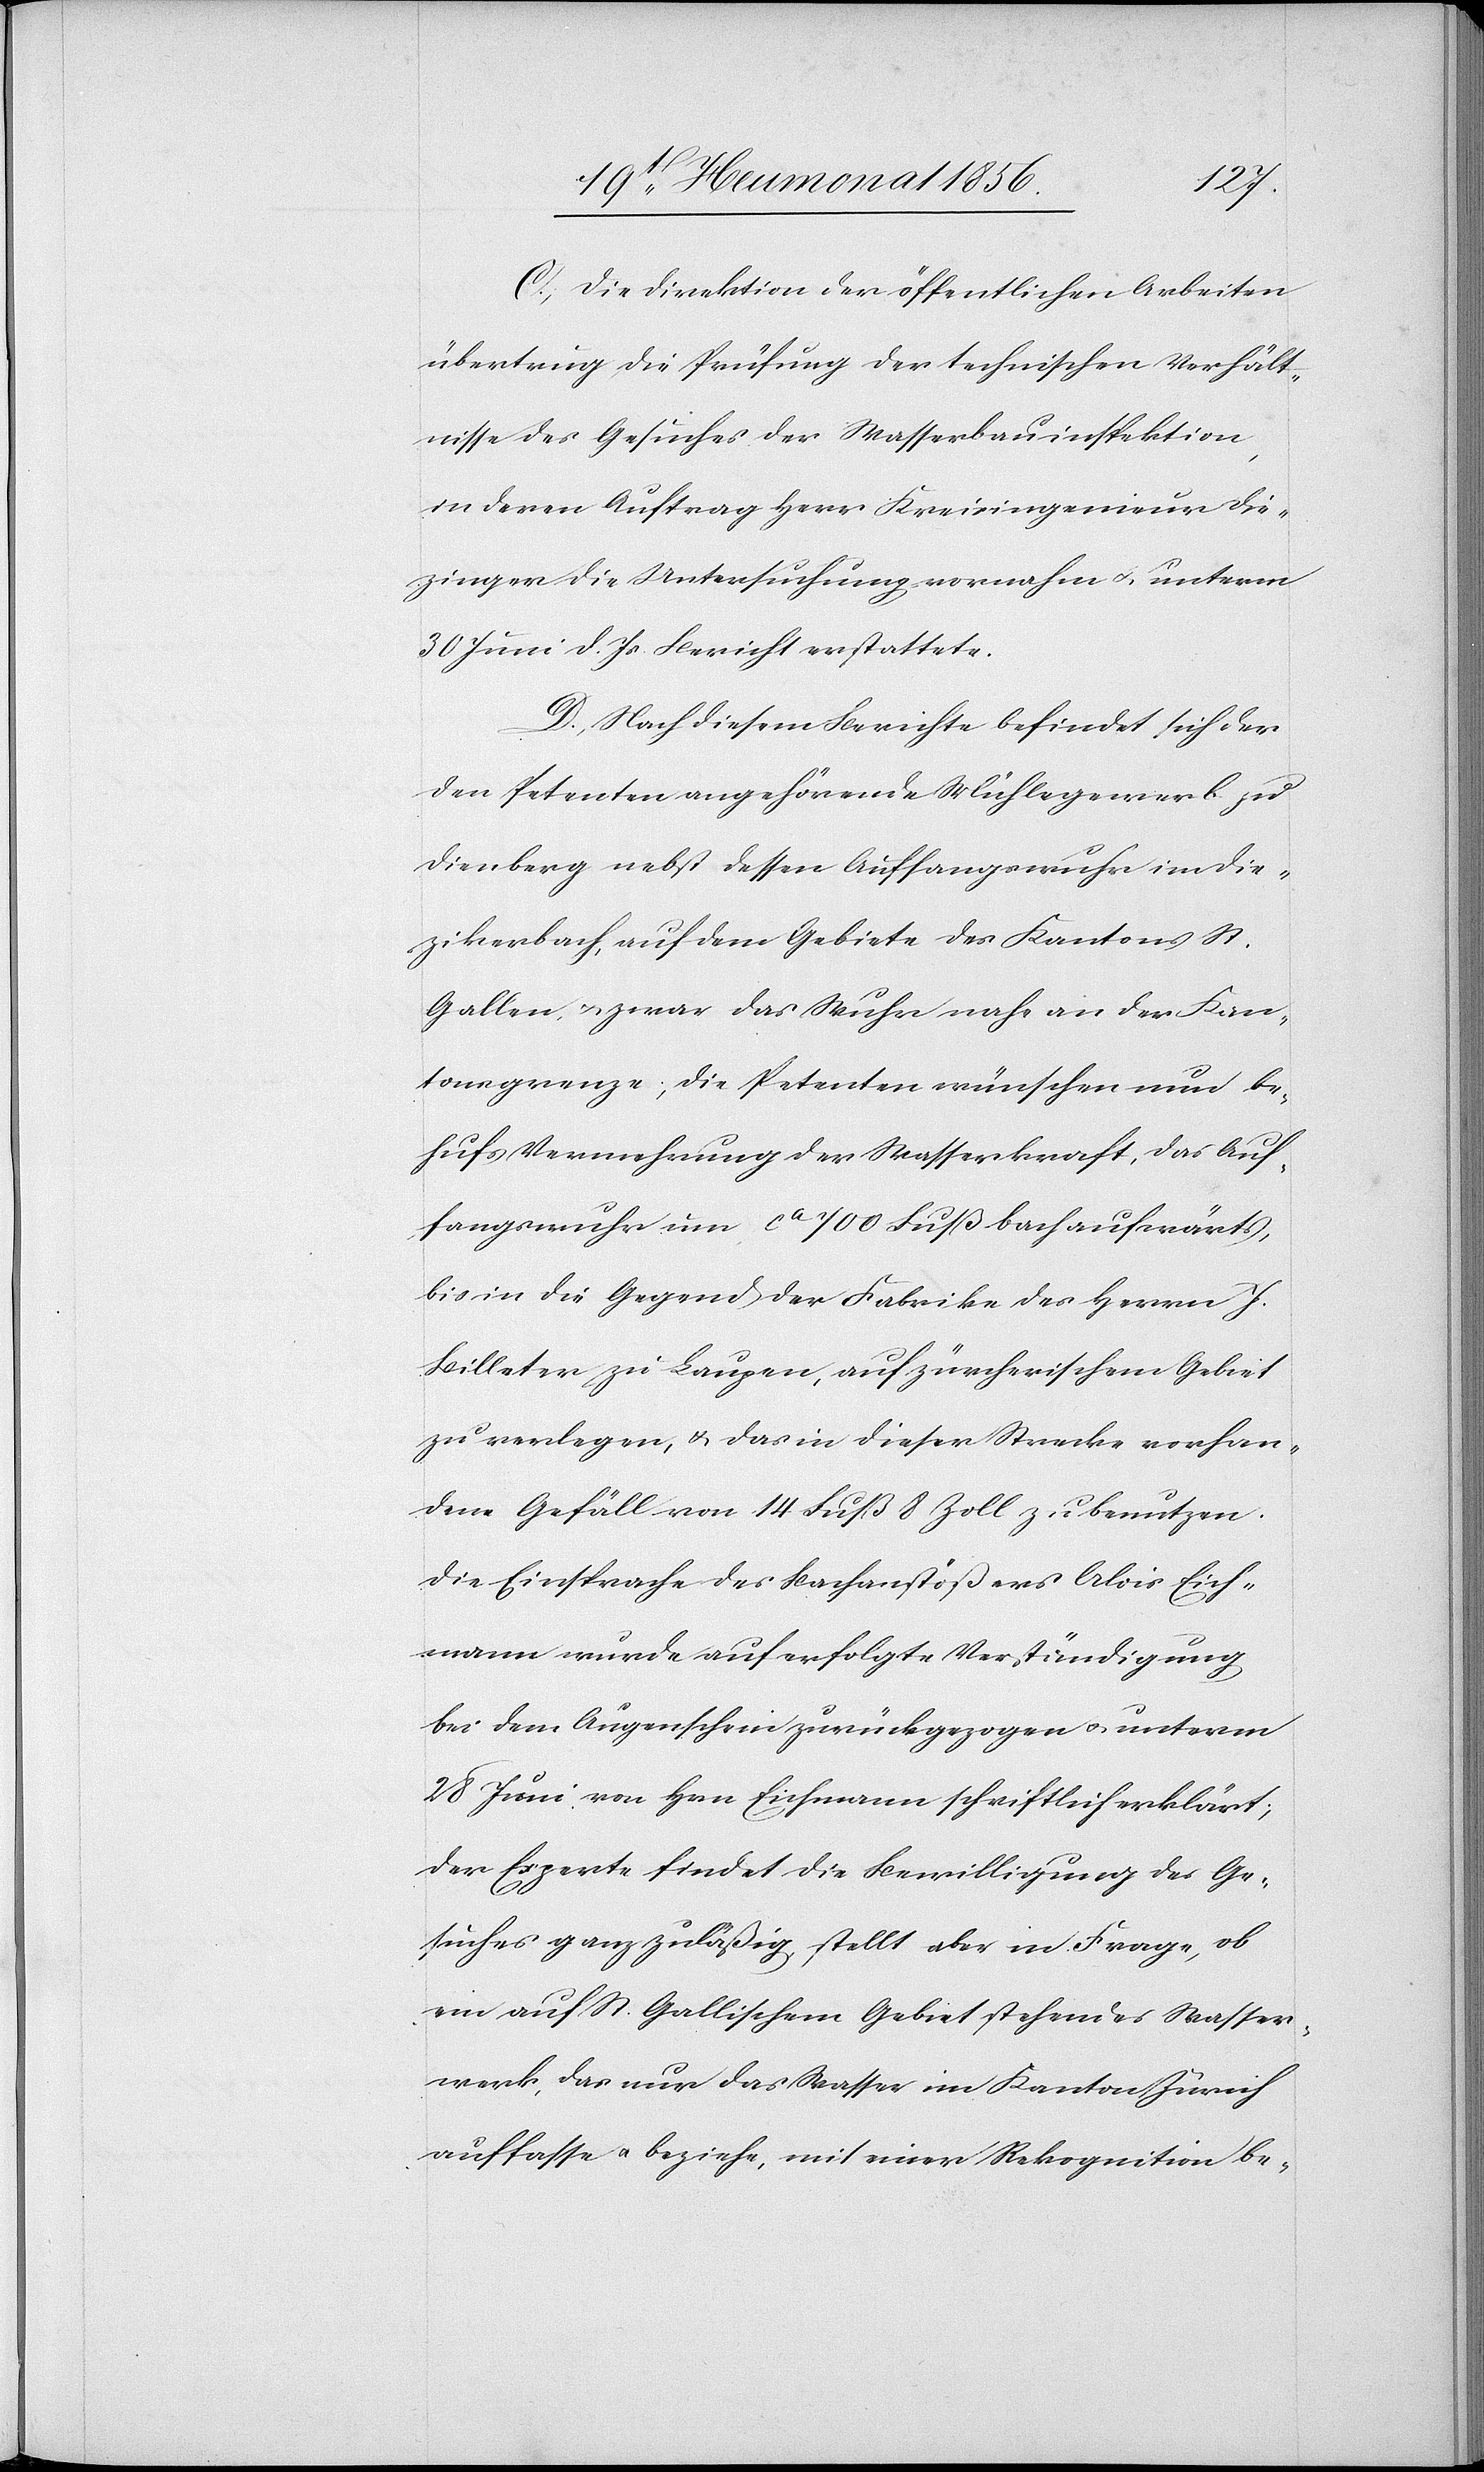
C. Die Direktion der öffentlichen Arbeiten
übertrug die Prüfung der technischen Verhält¬
nisse des Gesuches der Wasserbauinspektion,
in deren Auftrag Herr Kreisingenieur Die¬
zinger die Untersuchung vornahm u. unterm
30 Juni d. Js. Bericht erstattete.
D. Nach diesem Berichte befindet sich der
den Petenten angehörende Mühlegewerb zu
Dienberg nebst dessen Auffangswuhr im Die¬
zikerbach auf dem Gebiete des Kantons St.
Gallen, u. zwar das Wuhr nahe an der Kan¬
tonsgrenze; die Petenten wünschen nun be¬
hufs Vermehrung der Wasserkraft, das Auf¬
fangswuhr um ca 700 Fuß bachaufwärts,
bis in die Gegend der Fabrike des Herrn J.
Billeter zu Laupen, auf zürcherischem Gebiet
zu verlegen, u. das in dieser Strecke vorhan¬
dene Gefäll von 14 Fuß 8 Zoll zu benutzen.
Die Einsprache des Bachanstößers Alois Eich¬
mann wurde auf erfolgte Verständigung
bei dem Augenschein zurückgezogen u. unterm
28 Juni von Hrn Eichmann schriftlich erklärt;
der Experte findet die Bewilligung des Ge¬
suches ganz zuläßig, stellt aber in Frage, ob
ein auf St. Gallischem Gebiet stehendes Wasser¬
werk, das nur das Wasser im Kanton Zürich
auffasse u. beziehe, mit einer Rekognition be-